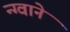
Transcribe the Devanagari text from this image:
न्ग्वाने